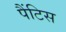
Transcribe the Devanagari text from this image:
पैंटिस